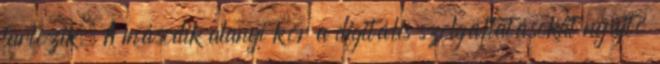
tartozik. A második alanyi kör a digitális szolgáltatásokat nyújtó